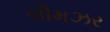
લીમઝર